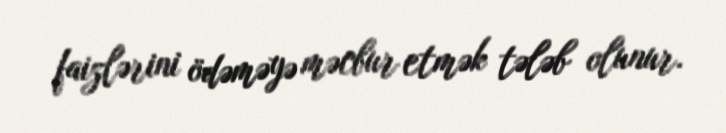
faizlərini ödəməyə məcbur etmək tələb olunur.